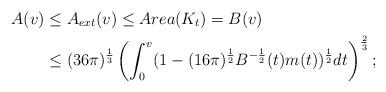
LaTeX: \begin{align*}A(v)&\leq A_{ext}(v)\leq Area(K_t)=B(v)\\&\leq (36\pi)^\frac13 \left(\int^v_0(1-(16\pi)^{\frac12}B^{-\frac12} (t) m(t))^\frac12 dt\right)^\frac23 ;\end{align*}